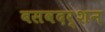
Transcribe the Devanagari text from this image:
बसवदर्शन